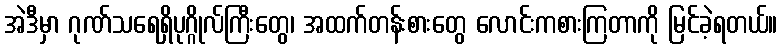
အဲဒီမှာ ဂုဏ်သရေရှိပုဂ္ဂိုလ်ကြီးတွေ၊ အထက်တန်းစားတွေ လောင်းကစားကြတာကို မြင်ခဲ့ရတယ်။